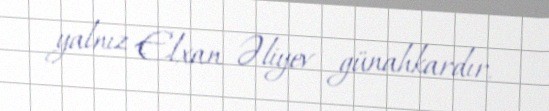
yalnız Elxan Əliyev günahkardır.